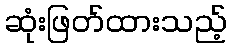
ဆုံးဖြတ်ထားသည့်